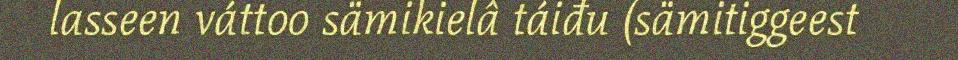
lasseen váttoo sämikielâ táiđu (sämitiggeest